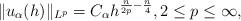
LaTeX: \begin{align*}\|u_\alpha(h)\|_{L^p}=C_\alpha h^{\frac{n}{2p}-\frac{n}{4}}, 2\le p\le \infty,\end{align*}